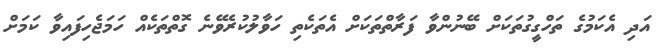
އަދި އެކަމުގެ ތަހްގީގުތަކަށް ބޭނުންވާ ފަރާތްތަކަށް އެތަކެތި ހަވާލުކުރެވޭނެ ގޮތްތަކެއް ހަމަޖެހިފައިވާ ކަމަށް